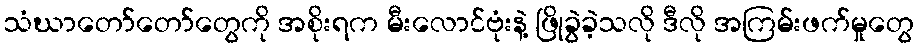
သံဃာတော်တော်တွေကို အစိုးရက မီးလောင်ဗုံးနဲ့ ဖြိုခွဲခဲ့သလို ဒီလို အကြမ်းဖက်မှုတွေ